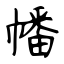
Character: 幡